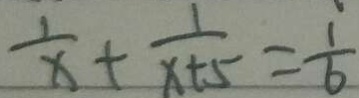
\frac { 1 } { x } + \frac { 1 } { x + 5 } = \frac { 1 } { 6 }